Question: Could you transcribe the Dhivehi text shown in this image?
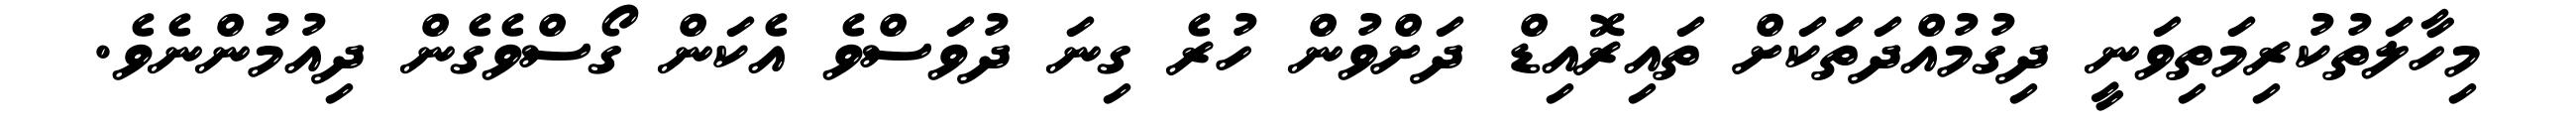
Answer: މިހާލަތުކުރިމަތިވަނީ ދިގުމުއްދަތަކަށް ތައިރޮއިޑް ދަށްވުން ހުރެ ގިނަ ދުވަސްވެ އެކަން ގޯސްވެގެން ދިއުމުންނެވެ.